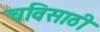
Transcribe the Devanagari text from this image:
चविसाठी